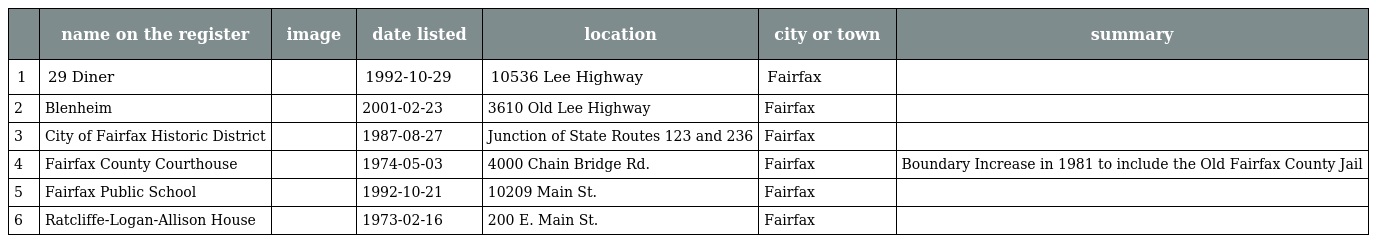
|  | name on the register | image | date listed | location | city or town | summary |
 | --- | --- | --- | --- | --- | --- | --- |
 | 1 | 29 Diner |  | 1992-10-29 | 10536 Lee Highway | Fairfax |  |
 | 2 | Blenheim |  | 2001-02-23 | 3610 Old Lee Highway | Fairfax |  |
 | 3 | City of Fairfax Historic District |  | 1987-08-27 | Junction of State Routes 123 and 236 | Fairfax |  |
 | 4 | Fairfax County Courthouse |  | 1974-05-03 | 4000 Chain Bridge Rd. | Fairfax | Boundary Increase in 1981 to include the Old Fairfax County Jail |
 | 5 | Fairfax Public School |  | 1992-10-21 | 10209 Main St. | Fairfax |  |
 | 6 | Ratcliffe-Logan-Allison House |  | 1973-02-16 | 200 E. Main St. | Fairfax |  |